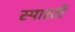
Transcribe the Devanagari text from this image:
स्पारती